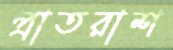
প্রাতরাশ